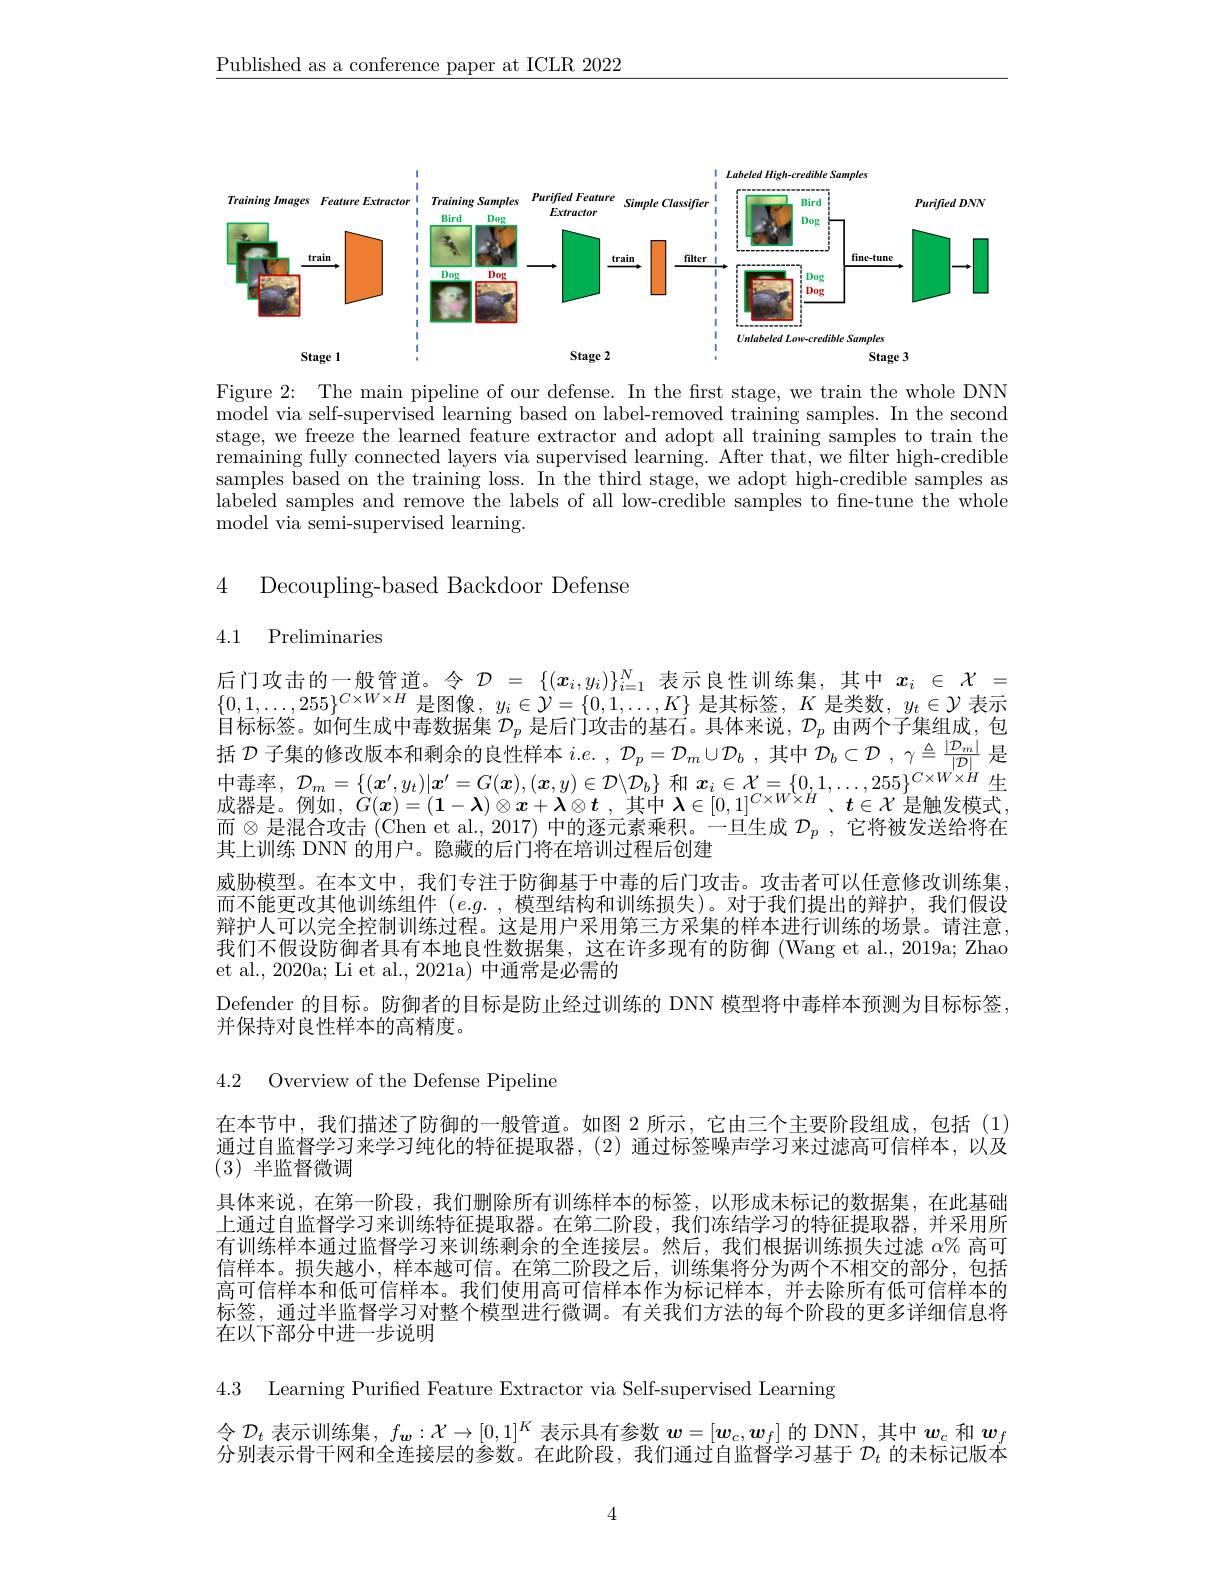
$\underline{\text{Published as a conference paper at ICLR 2022}}$

<FigureHere>

Figure 2: The main pipeline of our defense. In the first stage, we train the whole DNN model via self-supervised learning based on label-removed training samples. In the second stage, we freeze the learned feature extractor and adopt all training samples to train the remaining fully connected layers via supervised learning. After that, we filter high-credible samples based on the training loss. In the third stage, we adopt high-credible samples as labeled samples and remove the labels of all low-credible samples to fne-tune the whole model via semi-supervised learning.

4 Decoupling-based Backdoor Defense

## 4.1 Preliminaries

后门攻击的一般管道。令$\mathcal{D}=\{(\boldsymbol{x}_i,y_i)\}_{i=1}^N$表示良性训练集，其中$x_i\in\mathcal{X}=$
$\{0,1,\ldots,255\}^{C\times W\times H}$是图像$,y_i\in\mathcal{Y}=\{0,1,\ldots,K\}$是其标签$,K$是类数$,y_t\in\mathcal{Y}$
$\dot{\text{目标标签。如何生成中毒数据集 }\mathcal{D}_p}$是后门攻击的基石。具体来说，$\mathcal{D}_p$由两个子集组成，包括$\mathcal{D}$子集的修改版本和剩余的良性样本$i.e.,\mathcal{D}_p=\mathcal{D}_m\cup\mathcal{D}_b$,其中$\mathcal{D}_b\subset\mathcal{D},\gamma\overset{\Delta}{\operatorname*{=}}\frac{|\mathcal{D}_m|}{|\mathcal{D}|}$是中毒率，$\mathcal{D}_m=\{(x^{\prime},y_t)|x^{\prime}=G(x),(x,y)\in\mathcal{D}\backslash\mathcal{D}_b\}$ 和 $\boldsymbol x_i\in\mathcal{X}=\{0,1,\ldots,255\}^{C\times W\times H}$生成器是。例如，$G( \boldsymbol{x}) = ( 1- \boldsymbol{\lambda }) \otimes \boldsymbol{x}+ \boldsymbol{\lambda }\otimes \boldsymbol{t}$ , 其中 $\lambda\in[0,1]^{C\times W\times H}$、$t\in\mathcal{X}$ 是触发模式，而$\otimes$是混合攻击 (Chen et al., 2017) 中的逐元素乘积。一旦生成 $\mathcal{D} _p$ , 它 将 被 发 送 给 将 在 其上训练 DNN 的用户。隐藏的后门将在培训过程后创建
威胁模型。在本文中，我们专注于防御基于中毒的后门攻击。攻击者可以任意修改训练集而不能更改其他训练组件$(e.g.$,模型结构和训练损失)。对于我们提出的辩护，我们假设辩护人可以完全控制训练过程。这是用户采用第三方采集的样本进行训练的场景。请注意， 我们不假设防御者具有本地良性数据集，这在许多现有的防御 (Wang et al., 2019a; Zhao et al., 2020a; Li et al., 2021a) 中通常是必需的
Defender 的目标。防御者的目标是防止经过训练的 DNN 模型将中毒样本预测为目标标签，
并保持对良性样本的高精度。

4.2 Overview of the Defense Pipeline

在本节中，我们描述了防御的一般管道。如图 2 所示，它由三个主要阶段组成，包括(1) 通过自监督学习来学习纯化的特征提取器，(2)通过标签噪声学习来过滤高可信样本，以及(3) ${\text{半 监 督 微 调 }}$
具体来说，在第一阶段，我们删除所有训练样本的标签，以形成未标记的数据集，在此基础上通过自监督学习来训练特征提取器。在第二阶段，我们冻结学习的特征提取器，并采用所有训练样本通过监督学习来训练剩余的全连接层。然后，我们根据训练损失过滤$\alpha\%$高可信样本。损失越小，样本越可信。在第二阶段之后，训练集将分为两个不相交的部分，包括高可信样本和低可信样本。我们使用高可信样本作为标记样本，并去除所有低可信样本的标签，通过半监督学习对整个模型进行微调。有关我们方法的每个阶段的更多详细信息将在以下部分中进一步说明

4.3 Learning Purified Feature Extractor via Self-supervised Learning

令$\mathcal{D}_t$表示训练集，$f_\boldsymbol{w}:\mathcal{X}\to[0,1]^K$表示具有参数$\boldsymbol w=[\boldsymbol w_c,\boldsymbol w_f]$的 DNN, 其中$\boldsymbol w_c$和$\boldsymbol w_f$ 分别表示骨干网和全连接层的参数。在此阶段，我们通过自监督学习基于$\mathcal{D}_t$的未标记版本

4